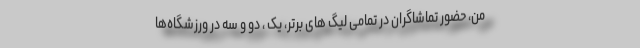
من، حضور تماشاگران در تمامی لیگ های برتر، یک ، دو و سه در ورزشگاه‌ها